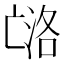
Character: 𰁟